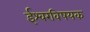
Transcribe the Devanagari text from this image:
ईश्वरविषयक